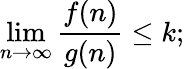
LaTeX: \operatorname*{lim}_{n\to\infty}\frac{f(n)}{g(n)}\leq k;